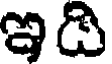
ఇది